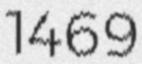
1469